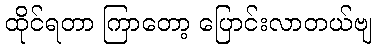
ထိုင်ရတာ ကြာတော့ ပြောင်းလာတယ်ဗျ